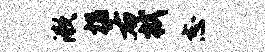
漱揣右拭志